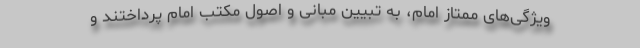
ویژگی‌های ممتاز امام، به تبیین مبانی و اصول مکتب امام پرداختند و